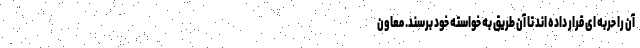
آن را حربه ای قرار داده اند تا آن طریق به خواسته خود برسند. معاون